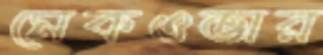
মেকওভার